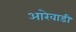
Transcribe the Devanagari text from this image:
आरेवाडी